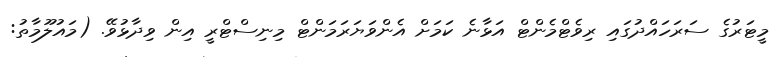
މީޓަރުގެ ސަރަހައްދުގައި ރިވެޓްމެންޓް އަޅާނެ ކަމަށް އެންވަޔަރަމަންޓް މިނިސްޓްރީ އިން ވިދާޅުވޭ. (މައުލޫމާތު: